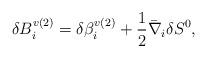
LaTeX: \begin{align*}\delta B^{v(2)}_{i} = \delta \beta^{v(2)}_{i} +\frac{1}{2}\bar{\nabla}_{i} \delta S^{0},\end{align*}